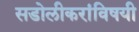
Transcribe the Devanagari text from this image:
सडोलीकरांविषयी